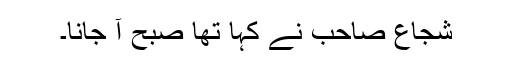
شجاع صاحب نے کہا تھا صبح آ جانا۔